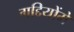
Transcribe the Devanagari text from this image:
गद्दियोंमें